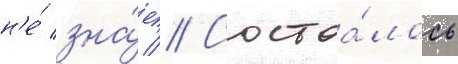
н'е́ зна́ет // Состоа́лось